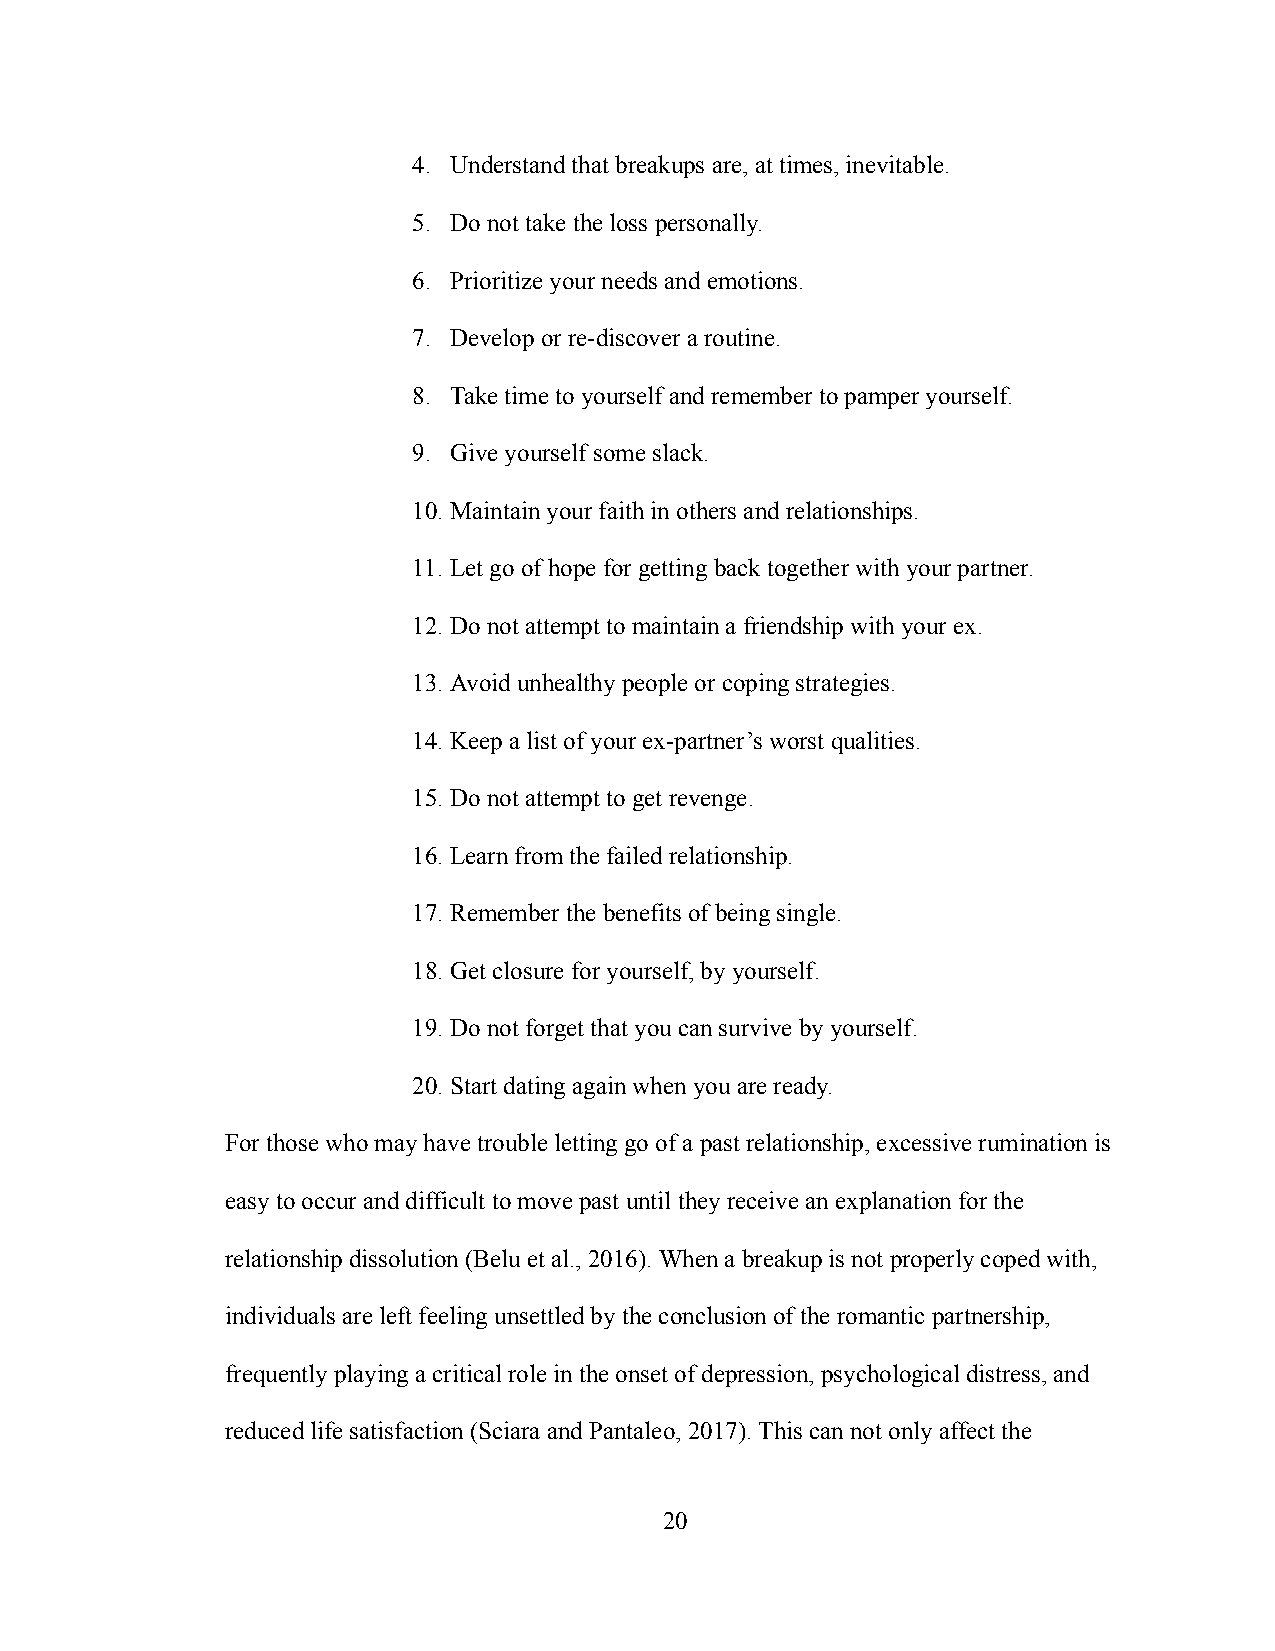
4. Understand that breakups are, at times, inevitable.
 5. Do not take the loss personally.
 6. Prioritize your needs and emotions.
 7. Develop or re-discover a routine.
 8. Take time to yourself and remember to pamper yourself.
 9. Give yourself some slack.
 10.Maintain your faith in others and relationships.
 11. Let go of hope for getting back together with your partner.
 12.Do not attempt to maintain a friendship with your ex.
 13.Avoid unhealthy people or coping strategies.
 14.Keep a list of your ex-partner’s worst qualities.
 15.Do not attempt to get revenge.
 16.Learn from the failed relationship.
 17.Remember the benefits of being single.
 18.Get closure for yourself, by yourself.
 19.Do not forget that you can survive by yourself.
 20.Start dating again when you are ready.
 For those who may have trouble letting go of a past relationship, excessive rumination is
 easy to occur and difficult to move past until they receive an explanation for the
 relationship dissolution (Belu et al., 2016). When a breakup is not properly coped with,
 individuals are left feeling unsettled by the conclusion of the romantic partnership,
 frequently playing a critical role in the onset of depression, psychological distress, and
 reduced life satisfaction (Sciara and Pantaleo, 2017). This can not only affect the
 20